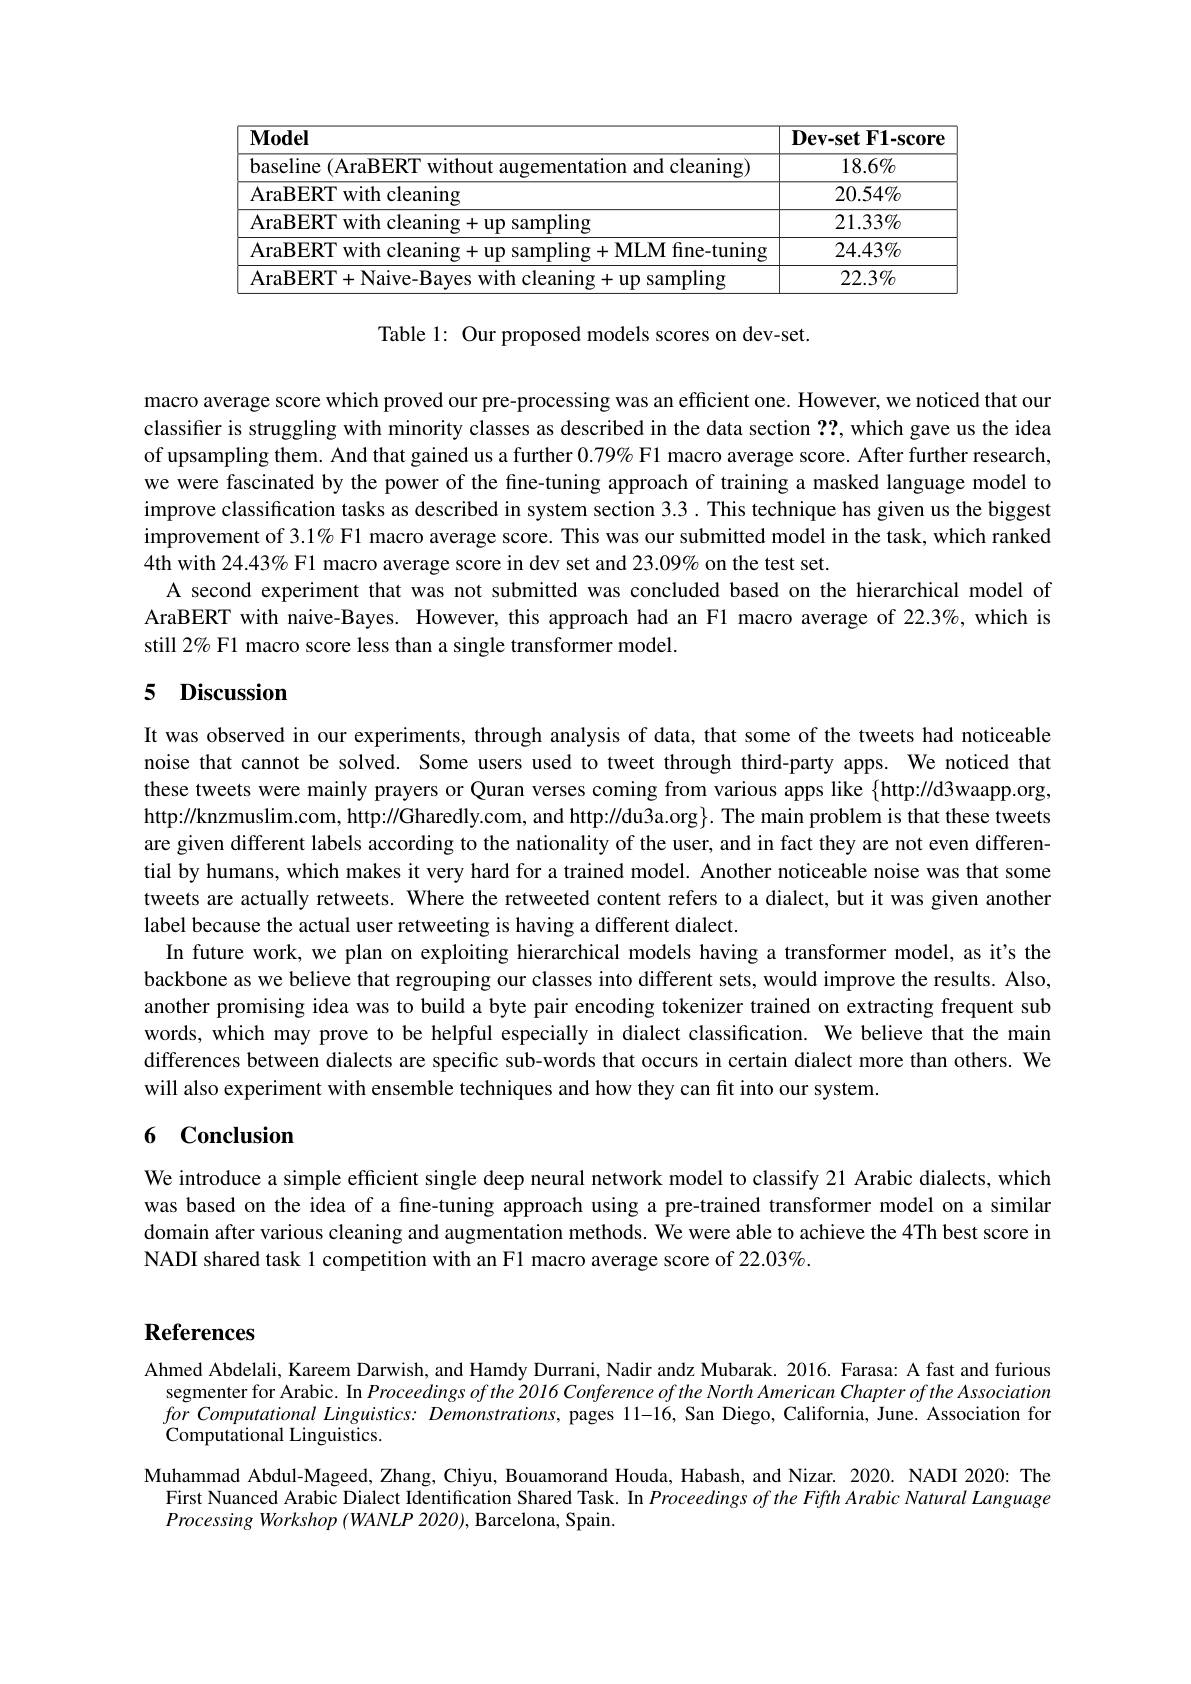
<table>
	<tbody>
		<tr>
			<th>$\mathbf{Model}$</th>
			<th>$\textbf{Dev- set F1- score}$</th>
		</tr>
		<tr>
			<td>Maseline cleaning</td>
			<td>$18.6\%$</td>
		</tr>
		<tr>
			<td>$\overline{\text{ı cleaning}}$ AraRHRI $W1fh$</td>
			<td>$20.54\%$</td>
		</tr>
		<tr>
			<td>${\overline{{\mathrm{sampling}}}}$</td>
			<td>$21.33\%$</td>
		</tr>
		<tr>
			<td>e-tunıng</td>
			<td>$24.43\%$</td>
		</tr>
		<tr>
			<td>ampling</td>
			<td>$22.3\%$</td>
		</tr>
	</tbody>
</table>

Table 1: Our proposed models scores on dev-set.

macro average score which proved our pre-processing was an efficient one. However, we noticed that our classifier is struggling with minority classes as described in the data section ??, which gave us the idea of upsampling them. And that gained us a further $0.79\%$ F1 macro average score. After further research, we were fascinated by the power of the fine-tuning approach of training a masked language model to improve classification tasks as described in system section 3.3 . This technique has given us the biggest improvement of 3.1% Fl macro average score. This was our submitted model in the task, which ranked 4th with 24.43% F1 macro average score in dev set and 23.09% on the test set.
A second experiment that was not submitted was concluded based on the hierarchical model of AraBERT with naive-Bayes. However, this approach had an Fl macro average of 22.3%, which is still 2% F1 macro score less than a single transformer model.

## 5 Discussion

It was observed in our experiments, through analysis of data, that some of the tweets had noticeable noise that cannot be solved. Some users used to tweet through third-party apps. We noticed that these tweets were mainly prayers or Quran verses coming from various apps like {http://d3waapp.org, http://knzmuslim.com, http://Gharedly.com, and http://du3a.org}. The main problem is that these tweets are given different labels according to the nationality of the user, and in fact they are not even differential by humans, which makes it very hard for a trained model. Another noticeable noise was that some tweets are actually retweets. Where the retweeted content refers to a dialect, but it was given another label because the actual user retweeting is having a different dialect.
In future work, we plan on exploiting hierarchical models having a transformer model, as it's the backbone as we believe that regrouping our classes into different sets, would improve the results. Also, another promising idea was to build a byte pair encoding tokenizer trained on extracting frequent sub words, which may prove to be helpful especially in dialect classification. We believe that the main differences between dialects are specific sub-words that occurs in certain dialect more than others. We will also experiment with ensemble techniques and how they can fit into our system.

## 6 Conclusion

We introduce a simple efficient single deep neural network model to classify 21 Arabic dialects, which was based on the idea of a fine-tuning approach using a pre-trained transformer model on a similar domain after various cleaning and augmentation methods. We were able to achieve the 4Th best score in NADI shared task 1 competition with an F1 macro average score of 22.03%.

# References

Ahmed Abdelali, Kareem Darwish, and Hamdy Durrani, Nadir andz Mubarak. 2016. Farasa: A fast and furious segmenter for Arabic. In Proceedings of the 2016 Conference of the North American Chapter of the Association for Computational Linguistics: Demonstrations, pages 11-16, San Diego, California, June. Association for Computational Linguistics.
Muhammad Abdul-Mageed, Zhang, Chiyu, Bouamorand Houda, Habash, and Nizar. 2020. NADI 2020: The
First Nuanced Arabic Dialect Identification Shared Task. In Proceedings of the Fiffh Arabic Natural Language
$Processing~Workshop~(WANLP~2020),~$Barcelona, Spain.